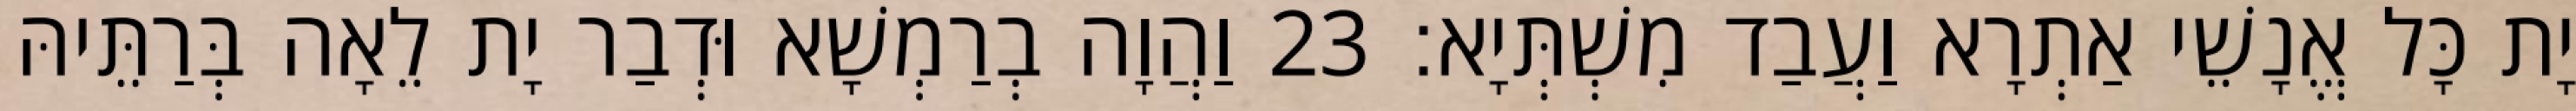
יָת כָּל אֱנָשֵׁי אַתְרָא וַעֲבַד מִשְׁתְּיָא׃ 23 וַהֲוָה בְרַמְשָׁא וּדְבַר יָת לֵאָה בְּרַתֵּיהּ